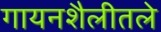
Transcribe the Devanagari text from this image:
गायनशैलीतले